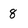
Character: 8